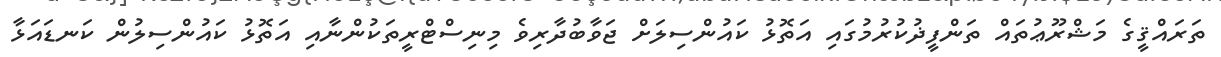
ތަރައްޤީގެ މަޝްރޫޢުތައް ތަންފީޛުކުރުމުގައި އަތޮޅު ކައުންސިލަށް ޖަވާބުދާރިވެ މިނިސްޓްރީތަކުންނާއި އަތޮޅު ކައުންސިލުން ކަނޑައަޅާ